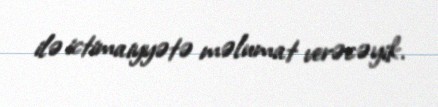
ilə ictimaiyyətə məlumat verəcəyik.